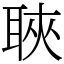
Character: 聗